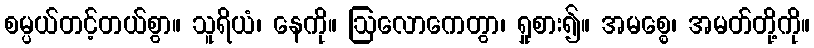
စမ္ပယ်တင့်တယ်စွာ။ သူရိယံ၊ နေကို။ ဩလောကေတွာ၊ ရှုစား၍။ အမစ္စေ၊ အမတ်တို့ကို။